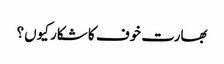
بھارت خوف کا شکار کیوں؟